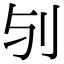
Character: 𠚻